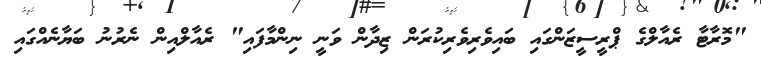
"މޮރާޓާ ރެއާލްގެ ޕްރީސީޒަންގައި ބައިވެރިވެރިކުރަން ޒިދާން ވަނީ ނިންމާފައި" ރެއާލްއިން ނެރުނު ބަޔާނެއްގައި